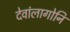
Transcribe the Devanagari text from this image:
देवांलागोनि